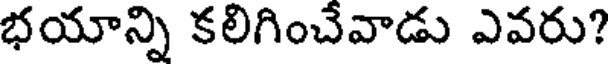
భయాన్ని కలిగించేవాడు ఎవరు?